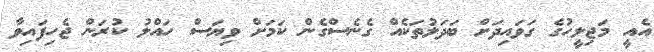
އެއީ މަޖިލީހުގެ ގަވައިދަށް ބަދަލުތަކެއް ގެނެސްގެން ކަމަށް ވިޔަސް ހައްލު ކުރަން ޖެހިފައިވާ